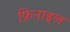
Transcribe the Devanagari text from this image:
फ़िनाइल